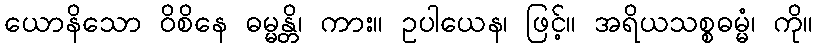
ယောနိသော ဝိစိနေ ဓမ္မန္တိ၊ ကား။ ဥပါယေန၊ ဖြင့်။ အရိယသစ္စဓမ္မံ၊ ကို။